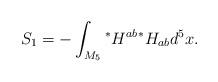
LaTeX: \begin{align*}S_1=-\int_{M_5}{}^*H^{ab}{}^*H_{ab} d^5x. \end{align*}